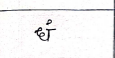
मजकूर: धं